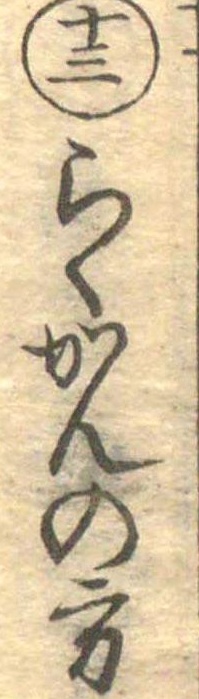
十三らくかんの方